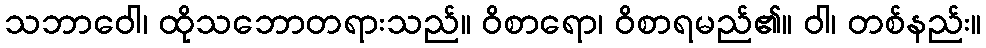
သဘာဝေါ၊ ထိုသဘောတရားသည်။ ဝိစာရော၊ ဝိစာရမည်၏။ ဝါ၊ တစ်နည်း။